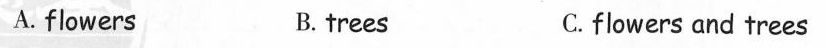
A.flowers B. trees C.flowers and trees